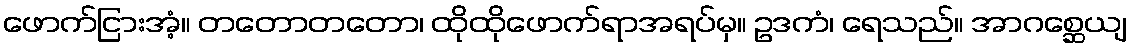
ဖောက်ငြားအံ့။ တတောတတော၊ ထိုထိုဖောက်ရာအရပ်မှ။ ဥဒကံ၊ ရေသည်။ အာဂစ္ဆေယျ